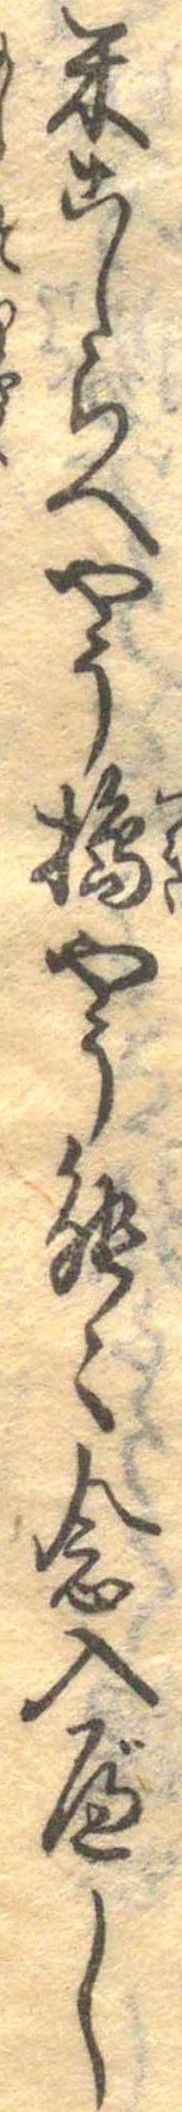
米こしらへやう搗やう能々念入べし